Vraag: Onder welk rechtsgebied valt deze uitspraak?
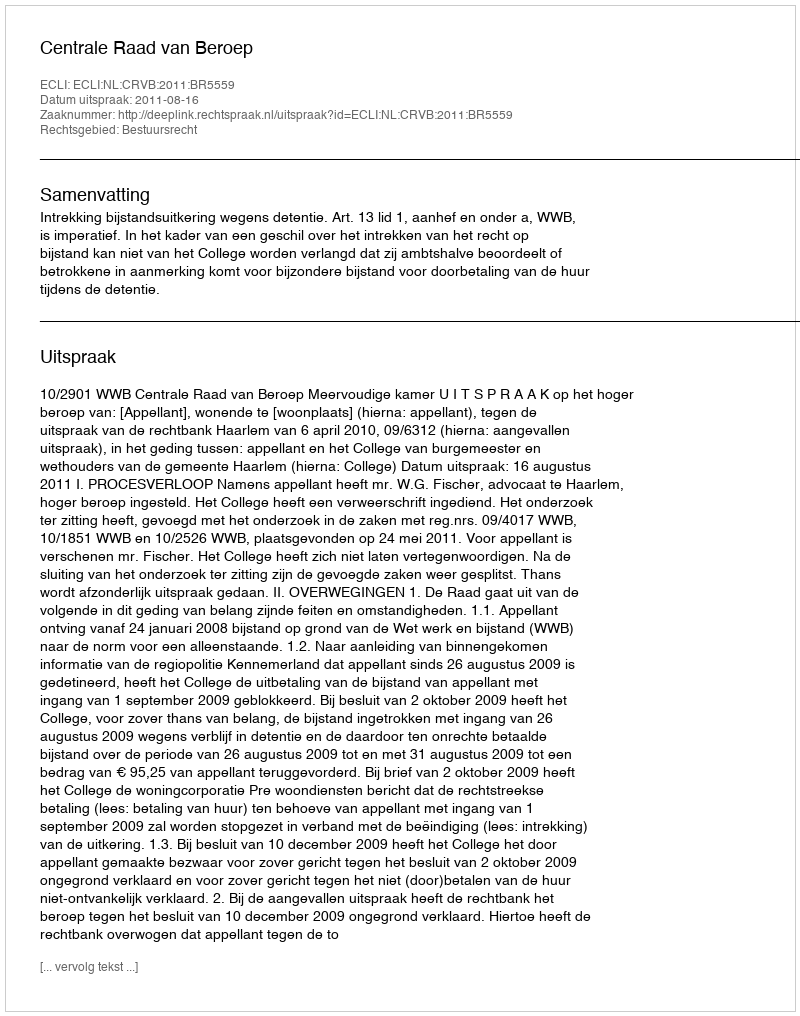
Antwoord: Bestuursrecht